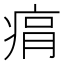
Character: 㾓